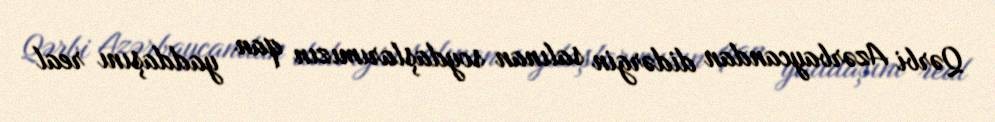
Qərbi Azərbaycandan didərgin salınan soydaşlarımızın qan yaddaşını real